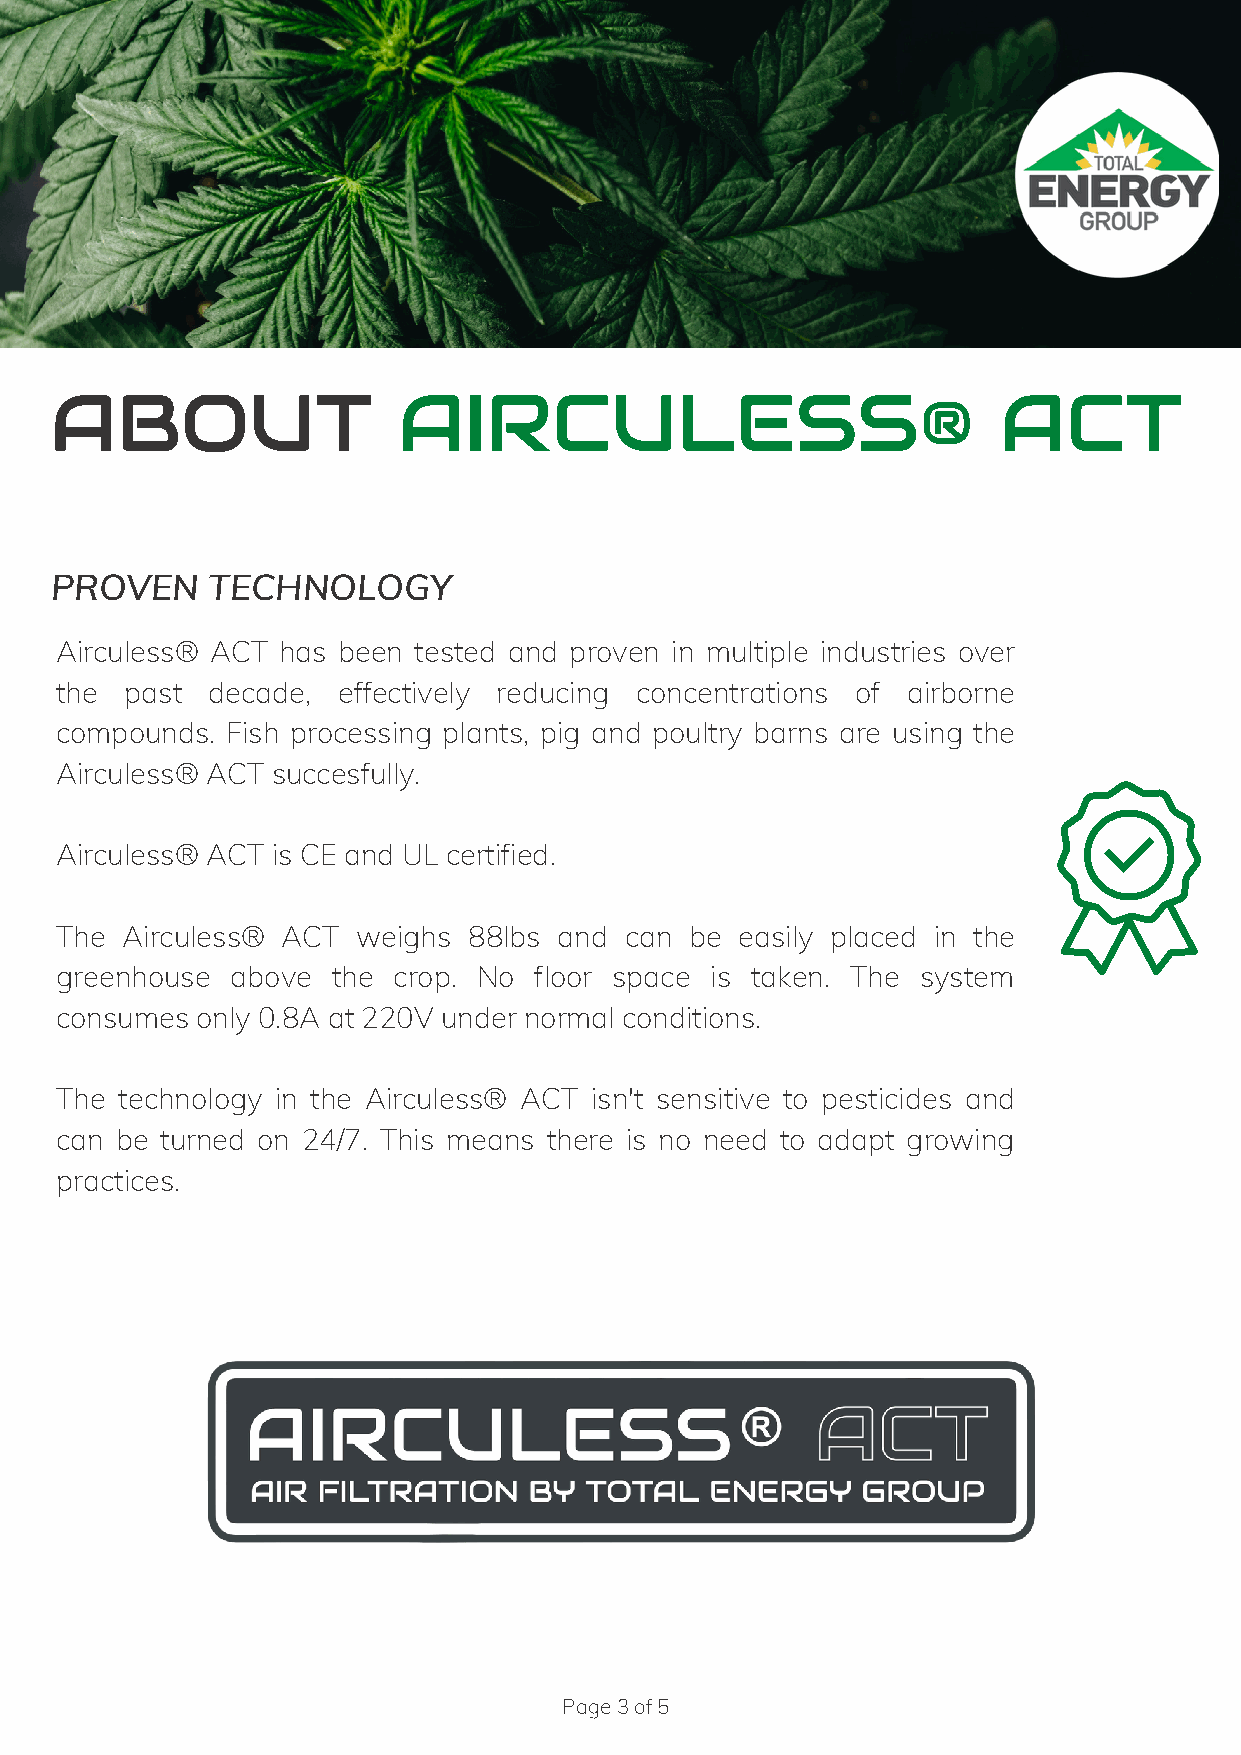
ABOUT                  AIRCULESS®                              ACT
 PROVEN     TECHNOLOGY
 Airculess® ACT has been tested and proven in multiple industries over
 the past  decade, effectively reducing concentrations of airborne
 compounds. Fish processing plants, pig and poultry barns are using the
 Airculess® ACT succesfully.
 Airculess® ACT is CE and UL certified.
 The Airculess® ACT  weighs 88lbs and can  be easily placed in the
 greenhouse above  the crop. No floor space is taken. The system
 consumes only 0.8A at 220V under normal conditions.
 The technology in the Airculess® ACT isn't sensitive to pesticides and
 can be turned on 24/7. This means there is no need to adapt growing
 practices.
 Page 3 of 5